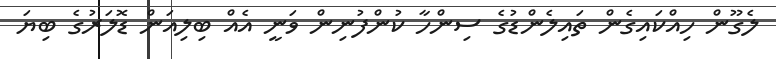
ލެގޫން ހިއްކައިގެން ތައިލެންޑުގެ ސިންހާ ކުންފުނިން ވަނީ އެއް ބިލިއަން ޑޮލަރުގެ ބިޔަ